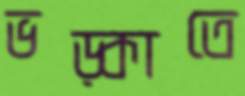
ভড়্‌কাতে